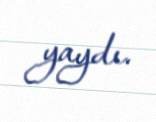
yaydı.